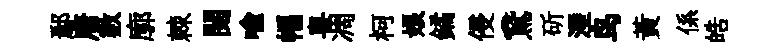
鄢唐數廓棘閱喩幅粤凋柯娘鐍侵鵞斫湮鸟黄係皓